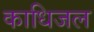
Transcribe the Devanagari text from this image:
काधिजल